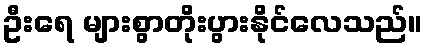
ဦးရေ များစွာတိုးပွားနိုင်လေသည်။